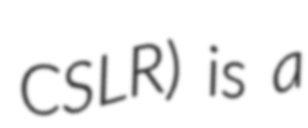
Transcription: CSLR) is a